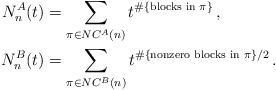
\begin{align*} N^{A}_n(t) &= \sum_{\pi \in NC^A(n)} t^{\#\{\textrm{blocks in }\pi\}} \, , \\ N^{B}_n(t) &= \sum_{\pi \in NC^B(n)} t^{\#\{\textrm{nonzero blocks in }\pi\}/2} \, .\end{align*}